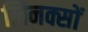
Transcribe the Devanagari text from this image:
लिनक्सों